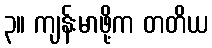
၃။ ကျန်းမာဖို့က တတိယ